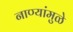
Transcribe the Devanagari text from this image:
नाण्यांमुळे